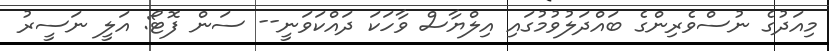
މިއަދުގެ ނުސްވެރިންގެ ބައްދަލުވުމުގައި އިލްޔާސް ވާހަކަ ދައްކަވަނީ-- ސަން ފޮޓޯ: އަލީ ނަސީރު